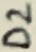
Text: D2